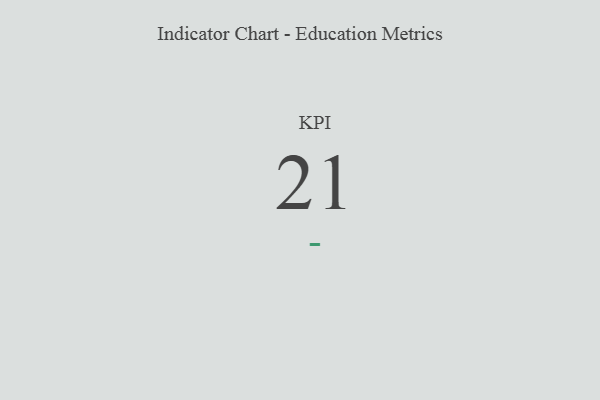
{"axis": {"x": "KPI", "y": "Value"}, "legend": [""], "data": [{"x": "KPI", "y": 21, "type": ""}]}